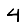
Digit: 4